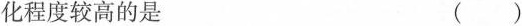
化程度较高的是 （）